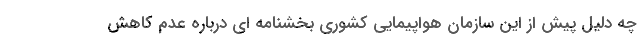
چه دلیل پیش از این سازمان هواپیمایی کشوری بخشنامه ای درباره عدم کاهش